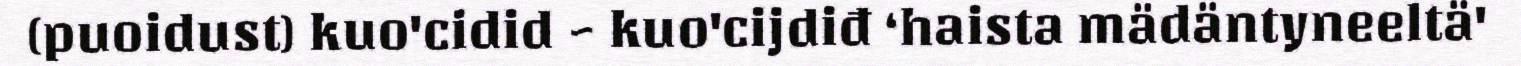
(puoidust) kuo'cidid ~ kuo'cijdiđ ‘haista mädäntyneeltä'